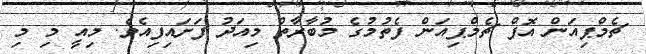
ޗެމްޕިއަން އޮފް ޗެމްޕިއަން ފެތުމުގެ މުބާރާތް މިއަދު ފަށައިފިއެވެ. މިއީ މި މި